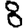
Digit: 8